Report of the Imperial Institute of Veterinary Research, Muktesar
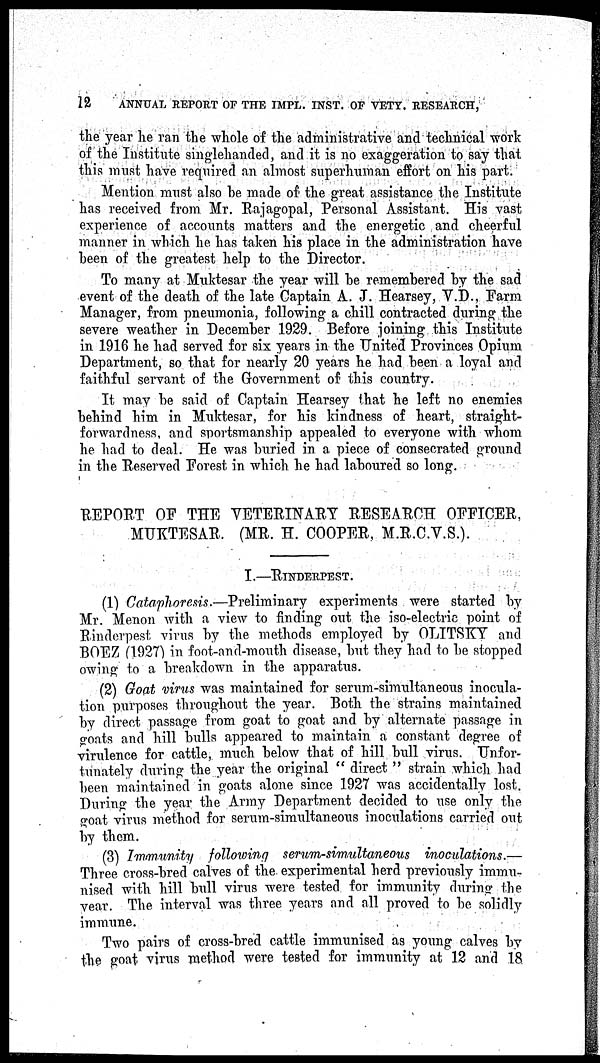
12 ANNUAL REPORT OF THE IMPL. INST. OF VETY. RESEARCH,
the year he ran the whole of the administrative and technical work
of the Institute singlehanded, and it is no exaggeration to say that
this must have required an almost superhuman effort on his part.
Mention must also be made of the great assistance the Institute
has received from Mr. Rajagopal, Personal Assistant. His vast
experience of accounts matters and the energetic and cheerful
manner in which he has taken his place in the administration have
been of the greatest help to the Director.
To many at Muktesar the year will be remembered by the sad
event of the death of the late Captain A. J. Hearsey, V.D., Farm
Manager, from pneumonia, following a chill contracted during the
severe weather in December 1929. Before joining this Institute
in 1916 he had served for six years in the United Provinces Opium
Department, so that for nearly 20 years he had been a loyal and
faithful servant of the Government of this country.
It may be said of Captain Hearsey that he left no enemies
behind him in Muktesar, for his kindness of heart, straight-
forwardness, and sportsmanship appealed to everyone with whom
he had to deal. He was buried in a piece of consecrated ground
in the Reserved Forest in which he had laboured so long.
REPORT OF THE VETERINARY RESEARCH OFFICER,
MUKTESAR. (MR. H. COOPER, M.R.C.V.S.).
I.—RINDERPEST.
(1) Cataphoresis.—Preliminary experiments were started by
Mr. Menon with a view to finding out the iso-electric point of
Rinderpest virus by the methods employed by OLITSKY and
BOEZ (1927) in foot-and-mouth disease, but they had to be stopped
owing to a breakdown in the apparatus.
(2) Goat virus was maintained for serum-simultaneous inocula-
tion purposes throughout the year. Both the strains maintained
by direct passage from goat to goat and by alternate passage in
goats and hill bulls appeared to maintain a constant degree of
virulence for cattle, much below that of hill bull virus. Unfor-
tunately during the year the original " direct " strain which had
been maintained in goats alone since 1927 was accidentally lost.
During the year the Army Department decided to use only the
goat virus method for serum-simultaneous inoculations carried out
by them.
(3) Immunity following serum-simultaneous inoculations.—
Three cross-bred calves of the experimental herd previously immu-
nised with hill bull virus were tested for immunity during the
year. The interval was three years and all proved to be solidly
immune.
Two pairs of cross-bred cattle immunised as young calves by
the goat virus method were tested for immunity at 12 and 18